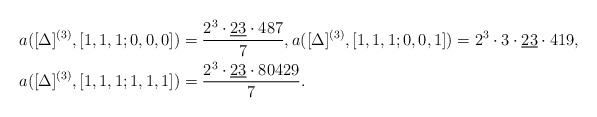
\begin{align*}& a([\Delta]^{(3)},[1,1,1;0,0,0])=\frac{2^3\cdot\underline{23}\cdot 487}{7},a([\Delta]^{(3)},[1,1,1;0,0,1])=2^3\cdot 3\cdot\underline{23}\cdot 419,\\& a([\Delta]^{(3)},[1,1,1;1,1,1])=\frac{2^3\cdot \underline{23}\cdot 80429}{7} . \end{align*}